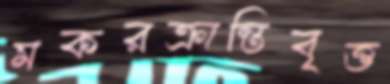
মকরক্রান্তিবৃত্ত